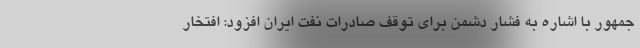
جمهور با اشاره به فشار دشمن برای توقف صادرات نفت ایران افزود: افتخار